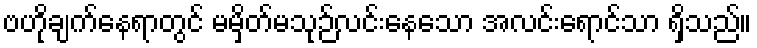
ဗဟိုချက်နေရာတွင် မမှိတ်မသုဉ်လင်းနေသော အလင်းရောင်သာ ရှိသည်။